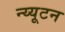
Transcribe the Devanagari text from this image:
न्य्यूटन